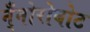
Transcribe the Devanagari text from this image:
न्ँनोरोबोट